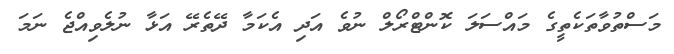
މަސްތުވާތަކެތީގެ މައްސަލަ ކޮންޓްރޯލް ނުވެ އަދި އެކަމާ ދޭތެރޭ އަޅާ ނުލެވިއްޖެ ނަމަ